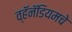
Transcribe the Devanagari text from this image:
व्हॅनॅडियमचे